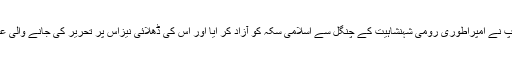
تاریخ میں امام محمد باقر علیہ السلام کی اہمیت اس وقت اورعروج پر پہنچ گئی جب آپ نے امپراطوری رومی شہنشاہیت کے چنگل سے اسلامی سکہ کو آزاد کر ایا اور اس کی ڈھلائی نیزاس پر تحریر کی جانے والی عبارت بھی تعلیم فرما ئی اور اس کے بعد آپ کی برکت سے اسلامی سکہ رائج ہو گیا۔